Eesti_Rahvusfond, lk 26
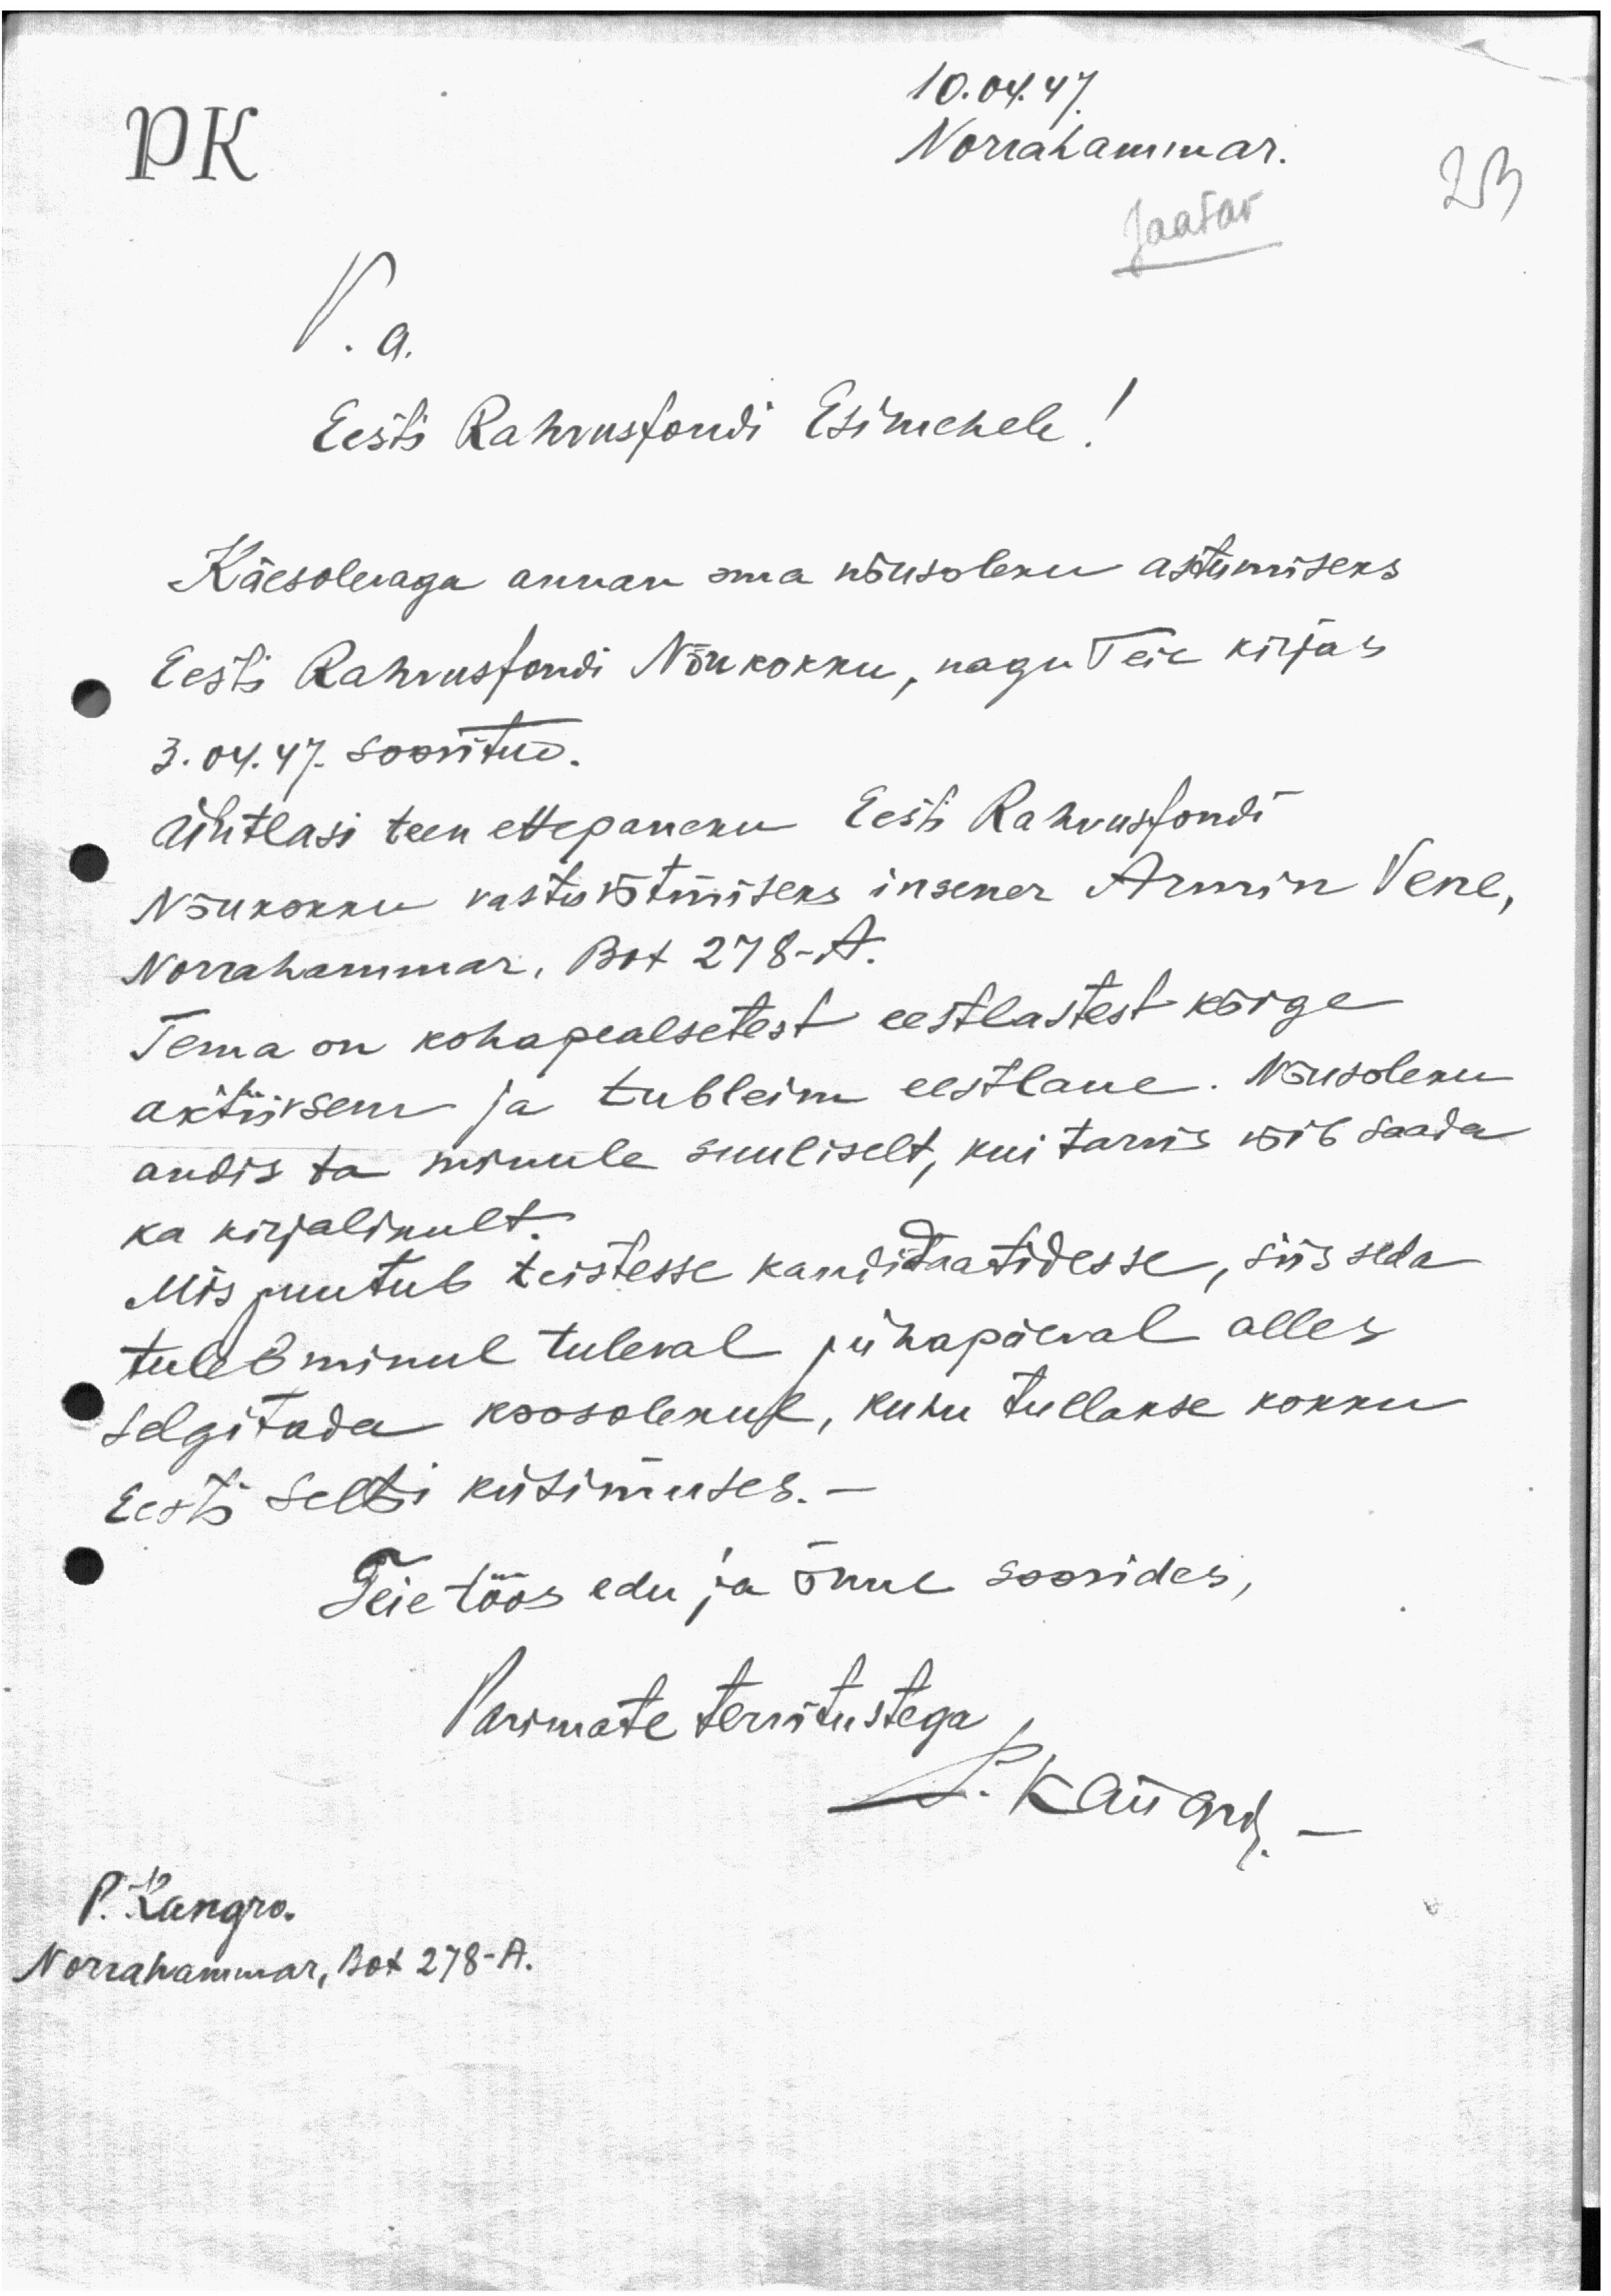
10.04.47
PK
Norrahammar.
23
Jaatav
V. a.
Eesti Rahvusfondi Esimehele
Käesolevaga annan oma nõusoleku astumiseks
Eesti Rahvusfondi Nõukokku, nagu Teie kirjas
3. 04. 47. soovitud.
Ühtlasi teen ettepaneku, Eest Rahvustondi
Nõukokku vastu võtmiseks insener Armin Vene,
Norrahammar, Box 278-A.
Tema on kohapealsetest eestlastest kõige
aktiivsem ja tubleim eestlane. Nõusoleku
andis ta minule suuliselt, kui tarvis võib saada
ka kirjalikult.
Mis puutub teistesse kandidaatidesse, siis seda
tuleb minul tuleval pühapäeval alles
selgitada koosolekul, kuhu tullakse kokku
Eesti Seltsi küsimuses. -
Teie töös edu ja õnne soovides,
Parimate tervitustega
P. Kangro. -
P. Kangro.
Norrahammar, Box 278-A.